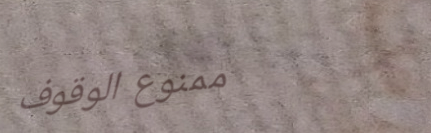
ممنوع الوقوف